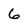
Character: 6